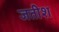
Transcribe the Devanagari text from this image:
जतीश